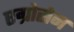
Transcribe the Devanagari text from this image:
एग्रोसेन